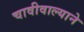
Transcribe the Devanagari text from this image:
चावीवाल्याने